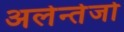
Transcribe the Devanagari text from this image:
अलेन्तेजो